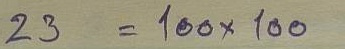
23 = 100 x 100